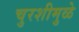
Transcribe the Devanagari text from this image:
चुरशीमुळे